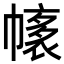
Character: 𢄴